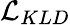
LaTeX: \mathcal{L}_{KLD}